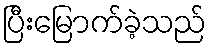
ပြီးမြောက်ခဲ့သည်